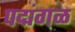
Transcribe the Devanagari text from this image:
पद्मंगळ